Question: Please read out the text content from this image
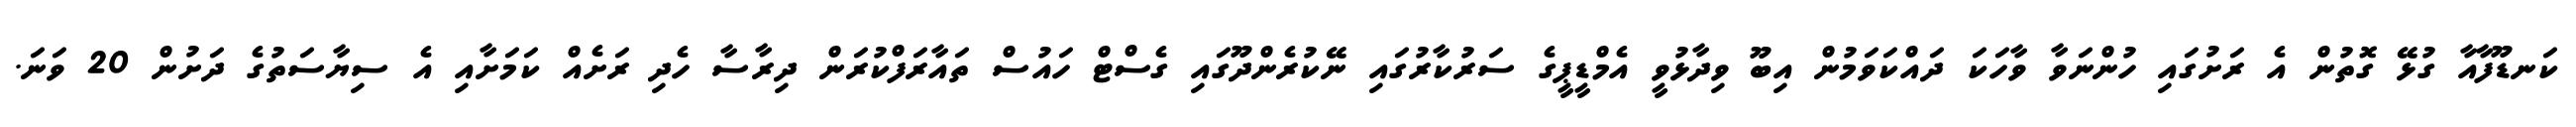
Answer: ކަނޑޫފާއާ ގުޅޭ ގޮތުން އެ ރަށުގައި ހުންނަވާ ވާހަކަ ދައްކަވަމުން އިބޫ ވިދާޅުވީ އެމްޑީޕީގެ ސަރުކާރުގައި ނޭކުރެންދޫގައި ގެސްޓް ހައުސް ތައާރަފްކުރަން ދިރާސާ ހެދި ރަށެއް ކަމަށާއި އެ ސިޔާސަތުގެ ދަށުން 20 ވަނަ.